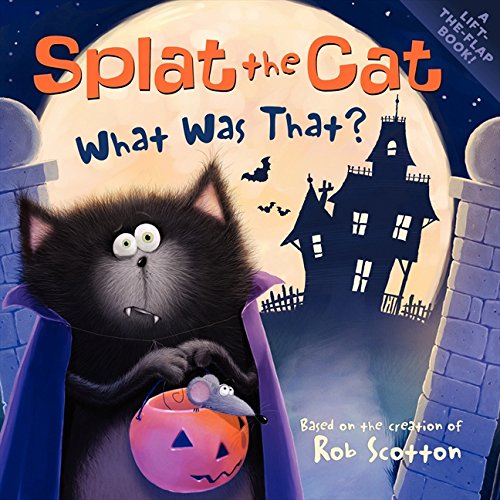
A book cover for Splat the Cat: What Was That?; Rob Scotton; Children's Books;